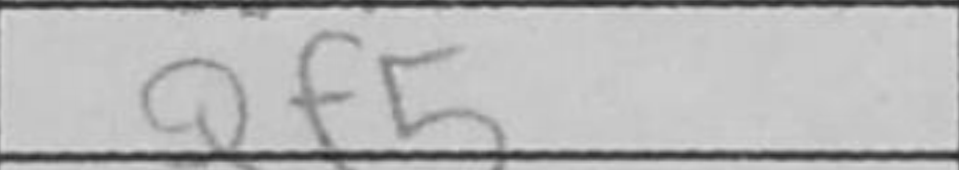
Transcription: Qf5